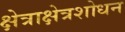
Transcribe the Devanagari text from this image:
क्षेत्राक्षेत्रशोधन